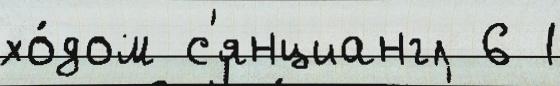
хо́дом с'янциангл 6 1